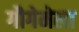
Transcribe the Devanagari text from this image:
गौगेमेला